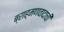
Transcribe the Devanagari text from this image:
ब्राह्मणवादाची